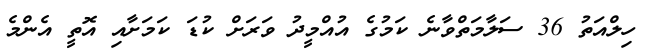
ހިލްއަތު 36 ސަލާމަތްވާނެ ކަމުގެ އުއްމީދު ވަރަށް ކުޑަ ކަމަށާއި އޮތީ އެންމެ